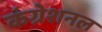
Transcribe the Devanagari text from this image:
कंग्रेशनल